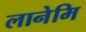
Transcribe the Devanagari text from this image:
लानेमि